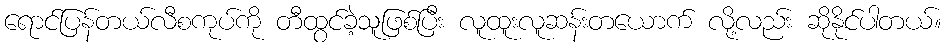
ရောင်ပြန်တယ်လီစကုပ်ကို တီထွင်ခဲ့သူဖြစ်ပြီး လူထူးလူဆန်းတယောက် လို့လည်း ဆိုနိုင်ပါတယ်။